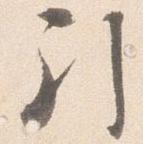
引